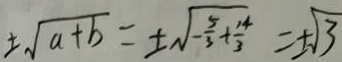
\pm \sqrt { a + b } = \pm \sqrt { - \frac { 5 } { 3 } + \frac { 1 4 } { 3 } } = \pm \sqrt { 3 }